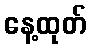
နေ့ထုတ်